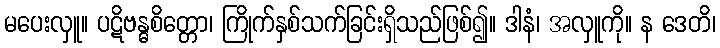
မပေးလှူ။ ပဋိဗန္ဓစိတ္တော၊ ကြိုက်နှစ်သက်ခြင်းရှိသည်ဖြစ်၍။ ဒါနံ၊ အလှူကို။ န ဒေတိ၊